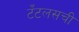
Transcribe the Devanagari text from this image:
टँटलसची